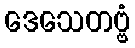
ဒေသေတဗ္ဗံ